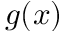
g ( x )